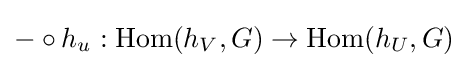
-\circ h_{u}:\operatorname {Hom} (h_{V},G)\to \operatorname {Hom} (h_{U},G)